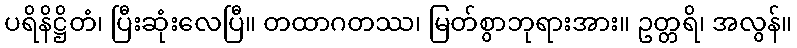
ပရိနိဋ္ဌိတံ၊ ပြီးဆုံးလေပြီ။ တထာဂတဿ၊ မြတ်စွာဘုရားအား။ ဥတ္တရိ၊ အလွန်။